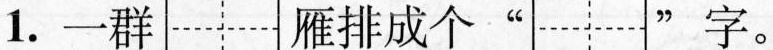
1.一群雁排成个“ ”字。